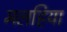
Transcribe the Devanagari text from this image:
मलहिया